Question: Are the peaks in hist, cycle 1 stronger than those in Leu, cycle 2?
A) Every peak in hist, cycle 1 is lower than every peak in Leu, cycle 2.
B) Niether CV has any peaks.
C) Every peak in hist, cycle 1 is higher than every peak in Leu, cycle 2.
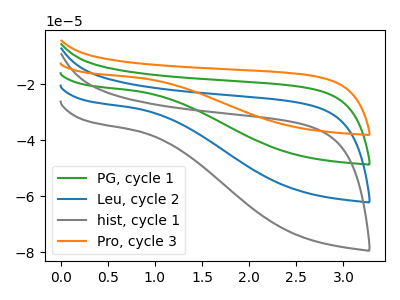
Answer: <think>The green curve "PG, cycle 1" has no peaks. The blue curve "Leu, cycle 2" has no peaks. The gray curve "hist, cycle 1" has no peaks. The orange curve "Pro, cycle 3" has no peaks.</think>
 <answer>B) Niether CV has any peaks.</answer>
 <eval>B</eval>